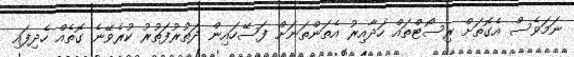
ނަމަވެސް އެގޮތަށް ރިސޯޓްތައް ހަދާއިރު އެތަންތަނަށް ފަސޭހައިން ދަތުރުފަތުރު ކުރެވޭނެ ގޮތެއް ހެދިފައި